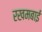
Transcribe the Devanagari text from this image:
रखमबाई